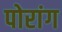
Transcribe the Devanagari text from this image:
पोरांग